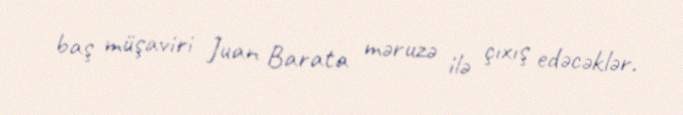
baş müşaviri Juan Barata məruzə ilə çıxış edəcəklər.